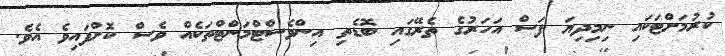
ކުރުމަށްޓަކައި ނިމިދިޔަ ފަސް އަހަރުގެ ތެރޭގައި ބޮޑެތި އިންވެސްޓްމަންޓްތަކެއް ވެސް ކޮށްފައިވެ އެވެ.